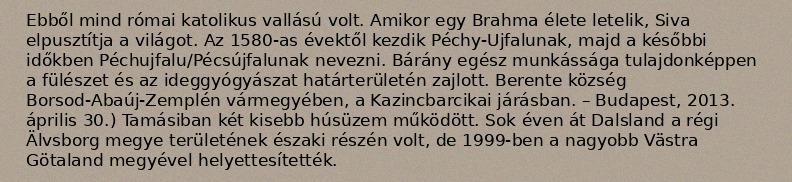
Ebből mind római katolikus vallású volt. Amikor egy Brahma élete letelik, Siva elpusztítja a világot. Az 1580-as évektől kezdik Péchy-Ujfalunak, majd a későbbi időkben Péchujfalu/Pécsújfalunak nevezni. Bárány egész munkássága tulajdonképpen a fülészet és az ideggyógyászat határterületén zajlott. Berente község Borsod-Abaúj-Zemplén vármegyében, a Kazincbarcikai járásban. – Budapest, 2013. április 30.) Tamásiban két kisebb húsüzem működött. Sok éven át Dalsland a régi Älvsborg megye területének északi részén volt, de 1999-ben a nagyobb Västra Götaland megyével helyettesítették.